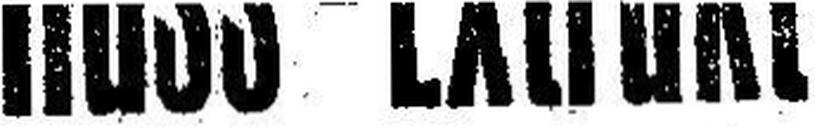
Nuss - Extrakt